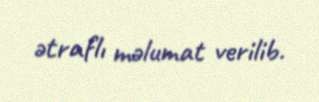
ətraflı məlumat verilib.